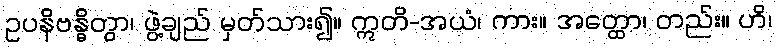
ဥပနိဗန္ဓိတွာ၊ ဖွဲ့ချည် မှတ်သား၍။ ဣတိ-အယံ၊ ကား။ အတ္ထော၊ တည်း။ ဟိ၊